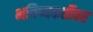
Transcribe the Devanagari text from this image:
भविष्यकर्तीवर